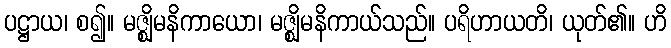
ပဋ္ဌာယ၊ စ၍။ မဇ္ဈိမနိကာယော၊ မဇ္ဈိမနိကာယ်သည်။ ပရိဟာယတိ၊ ယုတ်၏။ ဟိ